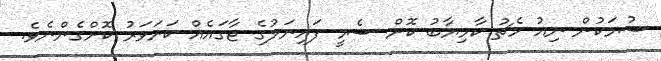
ސުމަކުން ނިއު މެޗު ކާމިޔާބު ކޮށް ސެމީ ފައިނަލުގެ ޖާގައެއް ކަށަވަރު ކޮށްގެންނެވެ.